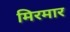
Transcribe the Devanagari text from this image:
मिरमार